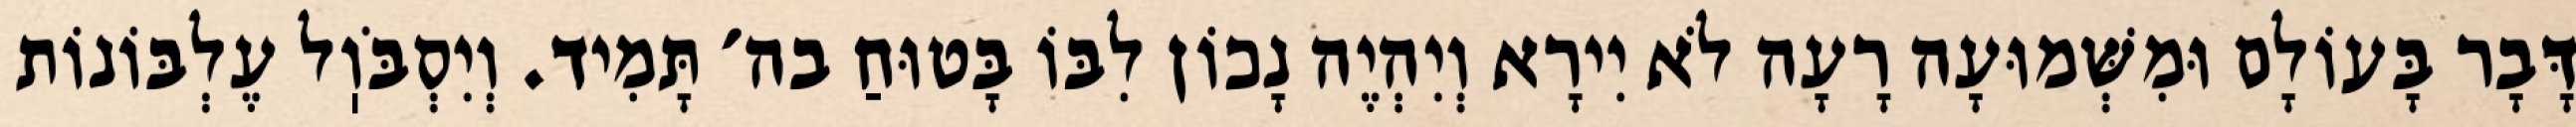
דָּבָר בָּעוֹלָם וּמִשְּׁמוּעָה רָעָה לֹא יִירָא וְיִהְיֶה נָכוֹן לִבּוֹ בָּטוּחַ בה׳ תָּמִיד. וְיִסְבֹּוֽל עֶלְבּוֹנוֹת